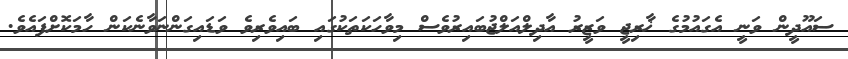
ސައޫދީން ވަނީ އެގައުމުގެ ޚާރިޖީ ވަޒީރު އާދިލްއަލްޖުބައިރުވެސް މިވާހަކަތަކުގައި ބައިވެރިވެ ވަޑައިގަންނަވާނެކަން ހާމަކޮށްފައެވެ.